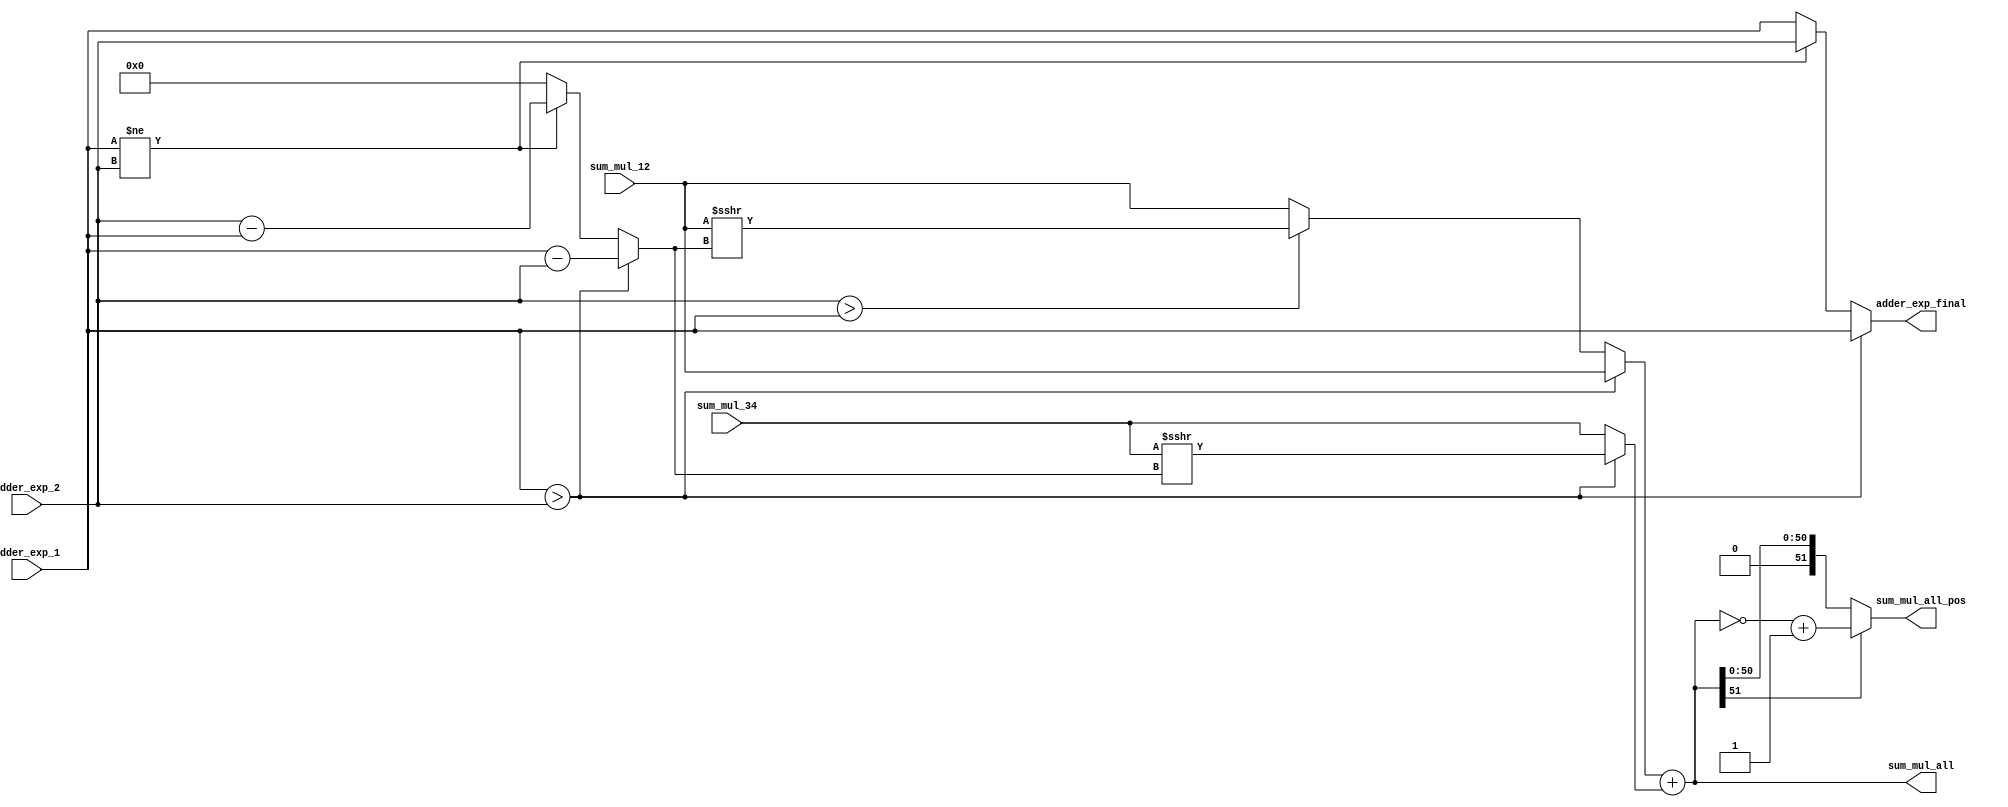
`timescale 1ns/1ns

module pipe_4 (
    output reg [51:0] sum_mul_all_pos,
    output reg [51:0] sum_mul_all,
    output reg [7:0] adder_exp_final,
    input [7:0] adder_exp_1, adder_exp_2,
    input signed [51:0] sum_mul_12, sum_mul_34
);

// ==================================DP Adder L2=========================================
// Alignment
reg [7:0] shift_num_final;

// Find shift number to alignment
always @(*) begin
    shift_num_final = (adder_exp_1 > adder_exp_2) ? adder_exp_1 - adder_exp_2 
    : (adder_exp_1 != adder_exp_2)? adder_exp_2 - adder_exp_1 : 0;
end 

// Select bigger exp to be EXP after adding two multiple number
// reg [7:0] adder_exp_final;
always @(*) begin
    adder_exp_final = (adder_exp_1 > adder_exp_2) ? adder_exp_1 : (adder_exp_1 != adder_exp_2) ? adder_exp_2 : adder_exp_1;
end 

// Shift mantissa
reg [51:0] sum_mul_12_shift, sum_mul_34_shift;
// mul_1, mul_2
always @(*) begin
    if (adder_exp_1 > adder_exp_2) begin
        sum_mul_12_shift = sum_mul_12;
        sum_mul_34_shift = sum_mul_34 >>> shift_num_final ;
    end
    else if (adder_exp_2 > adder_exp_1) begin 
        sum_mul_12_shift = sum_mul_12 >>> shift_num_final;
        sum_mul_34_shift = sum_mul_34;
    end
    else begin
        sum_mul_12_shift = sum_mul_12;
        sum_mul_34_shift = sum_mul_34;
    end
end

// reg [51:0] sum_mul_all;
always @(*) begin
    sum_mul_all = sum_mul_12_shift + sum_mul_34_shift;
end

// 2's complement if sum_mul_all is negative

always @(*) begin
    if(sum_mul_all[51] == 1'b1) sum_mul_all_pos = ~sum_mul_all + 1'b1;
    else sum_mul_all_pos = sum_mul_all;
end
    
endmodule